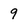
Character: 9